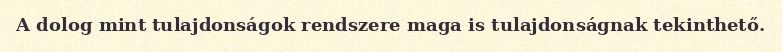
A dolog mint tulajdonságok rendszere maga is tulajdonságnak tekinthető.